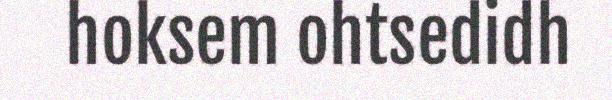
hoksem ohtsedidh